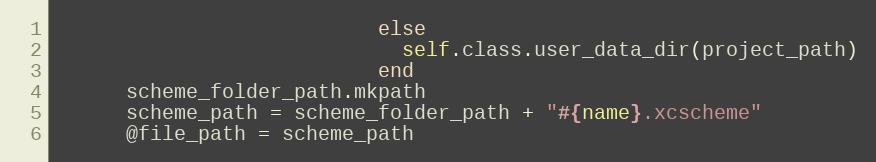
Language: Ruby
                           else
                             self.class.user_data_dir(project_path)
                           end
      scheme_folder_path.mkpath
      scheme_path = scheme_folder_path + "#{name}.xcscheme"
      @file_path = scheme_path